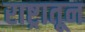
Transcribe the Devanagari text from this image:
राष्ट्रातून